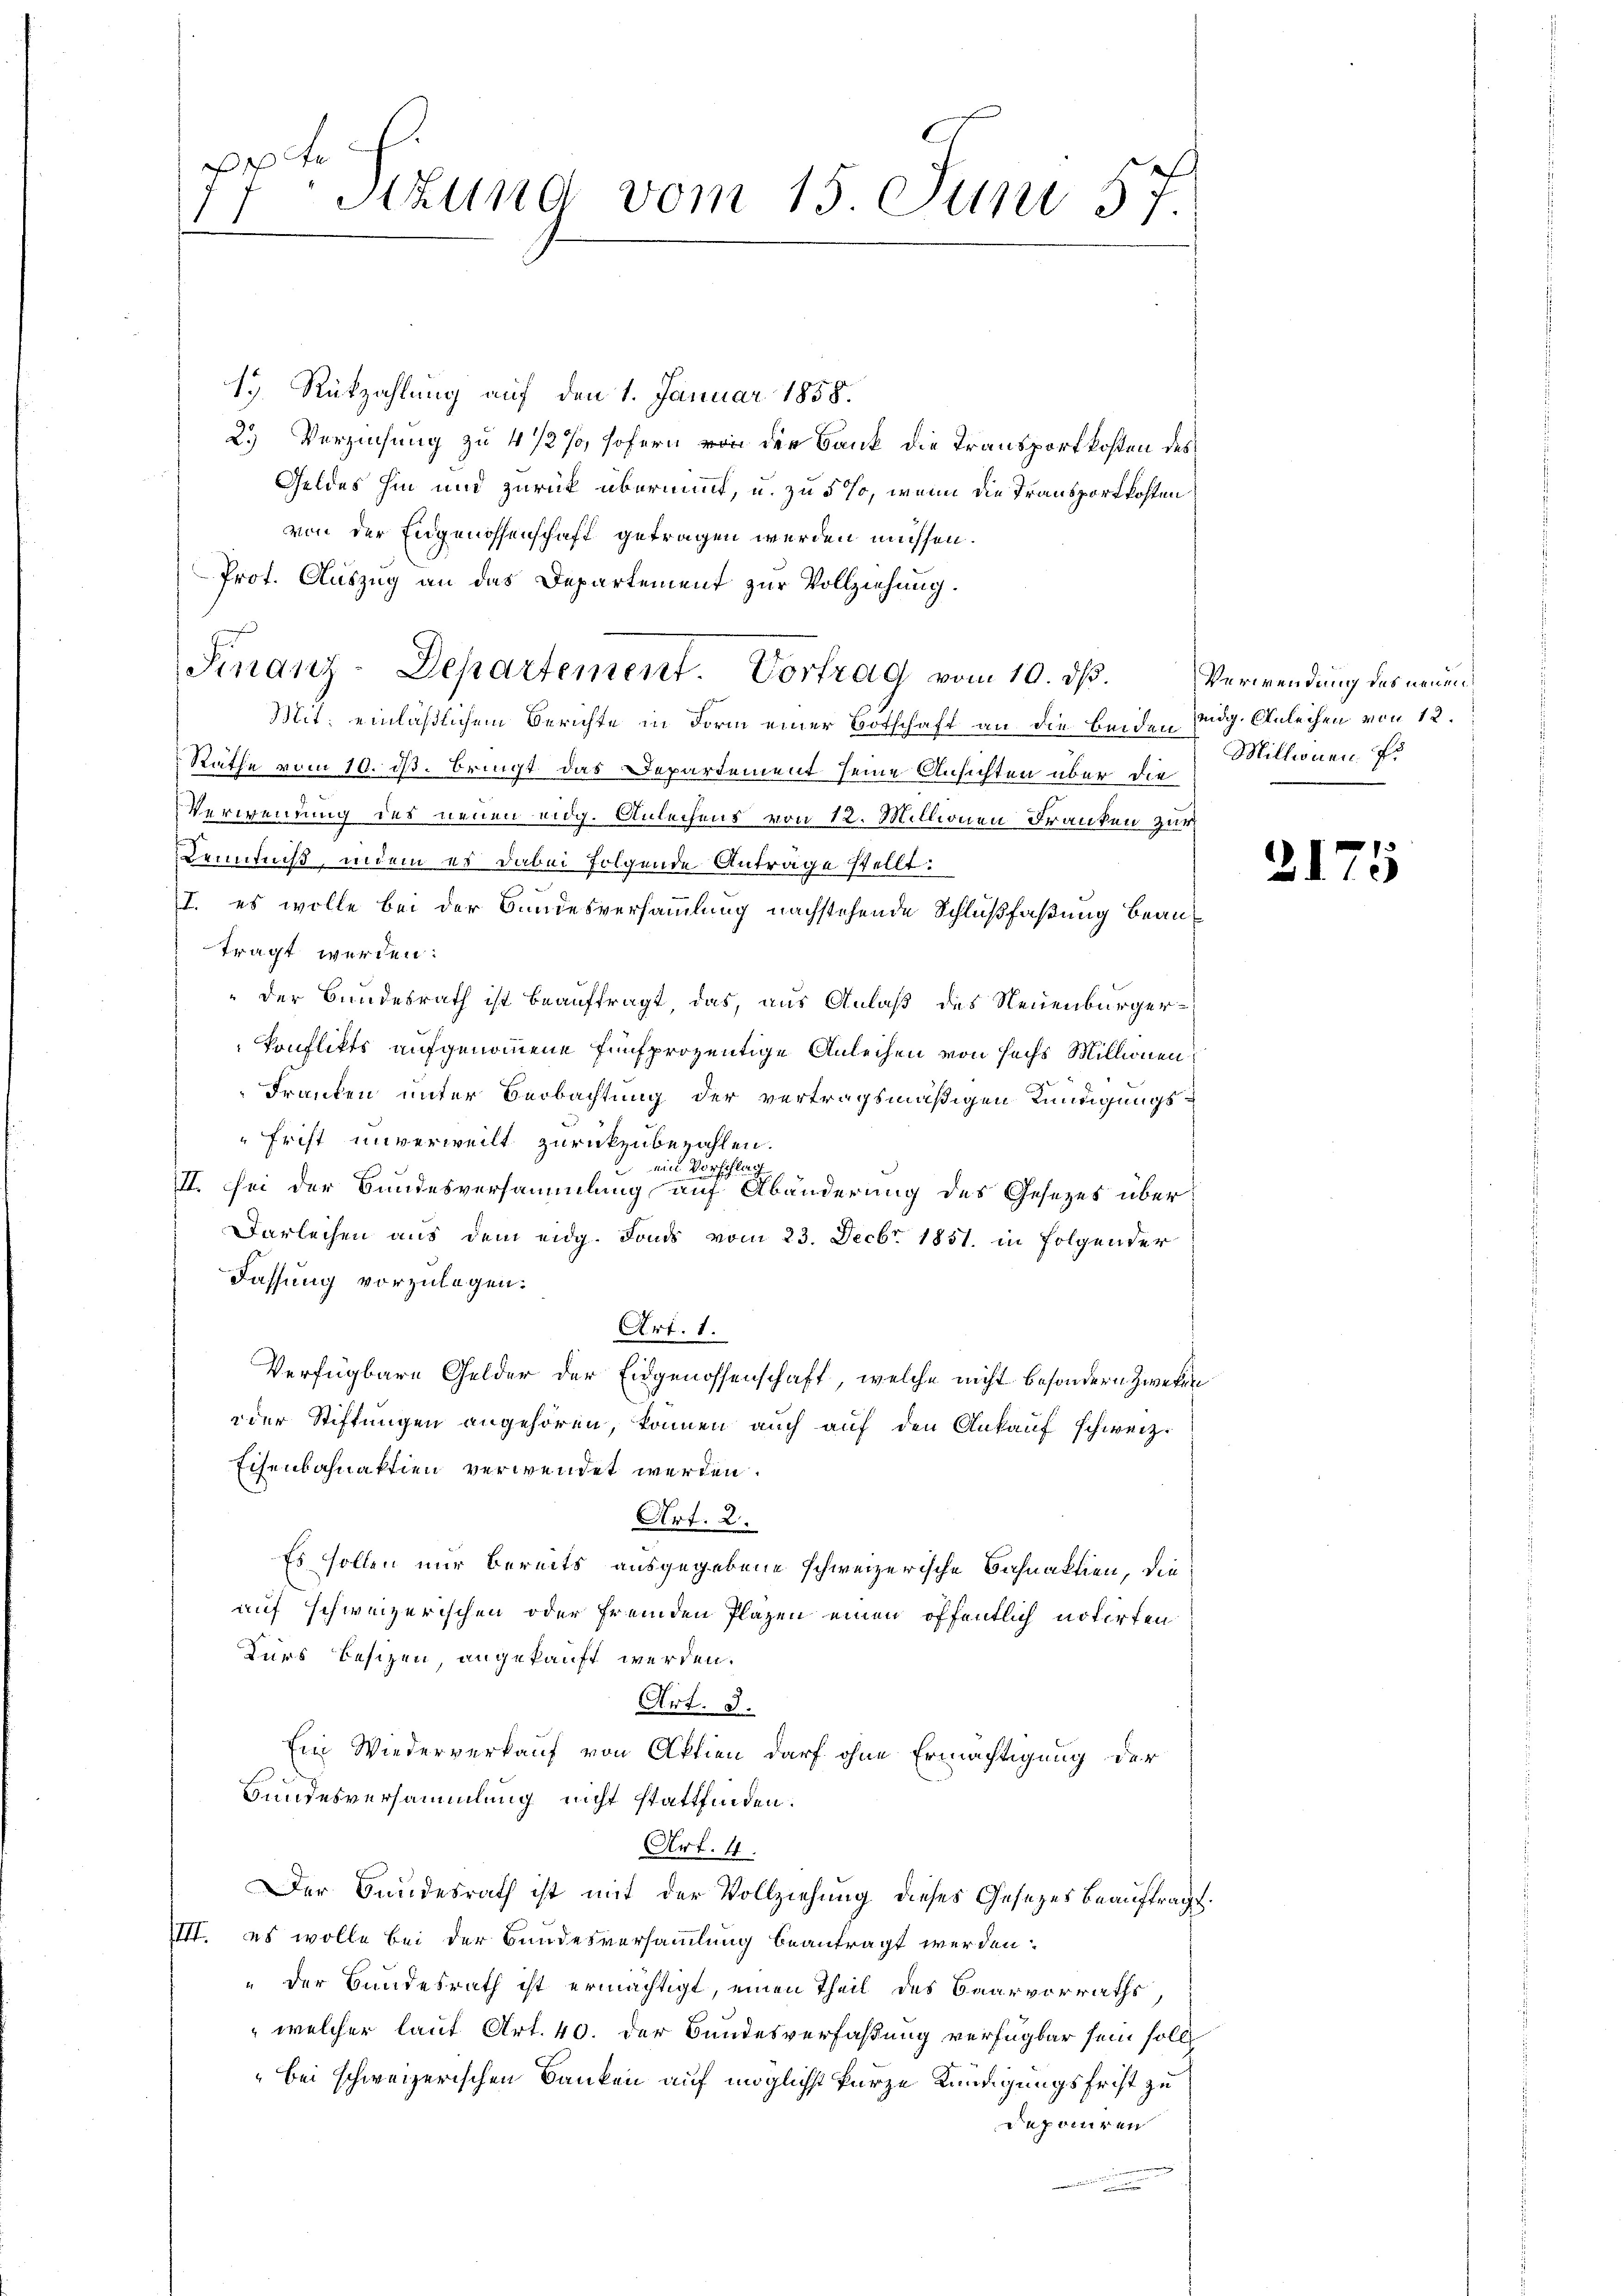
te
17 Stzung vom 15 Juni 57.

1 Rükzahlung auf den 1. Januar 1858.
2.) Verziehung zu 4 1/2 % sofern von der Bank die Transportkosten des
Geldes hin und zurück übernimmt, u. zu 5 so, wenn die Transportkosten
von der Eidgenossenschaft getragen werden müssen.
Prot. Auszug an das Departement zur Vollziehung.
Rathe vom 10. ds. bringt das Departement seine Ansichten über die
Verwendung des neuen eidg. Anleihens von 12. Millionen Franken zur
Kenntniß, indem es dabei folgende Anträge stellt:
I. es wolle bei der Bundesversammlung nachstehende Schlußfaßung beantragt werden:
"der Bundesrath ist beauftragt das, aus Anlaß des Neuenburgerkonflikts aufgenommene fünfprozentige Anleihen von sechs Millionen
Franken unter Beobachtung der vertragsmäßigen Kündigungsfrist unverweilt zurückzubezahlen.
 ein Vorschlag
II. Sei der Bundesversammlung auf Abänderung des Gesezes über¬
Darleihen aus dem eidg. Fonds vom 23. Decbr. 1851. in folgender
Fassung vorzulegen.
Art. 1.
Verfügbare Gelder der Eidgenossenschaft, welche nicht besondern Zwecken
 der Stiftungen angehören, können auch auf den Ankauf schweiz.
Eisenbahnaktien verwendet werden.
Art. 2.
Es sollen nur bereits ausgegebene schweizerische Bahnaktion, dieauf schweizerischen oder fremden Plazen einen öffentlich notirten
Kurs besizen, angekauft werden.
Art. 2.
Ein Wiederverkauf von Aktien darf ohne Ermächtigung der
Bundesversammlung nicht stattfinden.
Art. 4.
Der Bundesrath ist mit der Vollziehung dieses Gesezes beauftragt.
IIII. es wolle bei der Bundesversammlung beantragt werden.
" der Bundesrath ist ermächtigt, einen Theil des Baarvorraths,
 welcher laut Art. 40. der Bundesverfaßung verfügbar sein soll
"bei schweizerischen Banken auf möglichst kurze Kündigungsfrist zu
deponiren

Finanz-Departement. Vortrag vom 10. ds.
Mit: einläßlichem Berichte in Form einer Botschaft an die beiden Eidg. Anleihen von 12.

Verwendung des neuen
Millionen Fr

2175